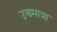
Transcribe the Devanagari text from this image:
उच्चमात्रा